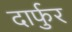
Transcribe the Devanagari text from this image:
दार्फुर